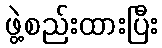
ဖွဲ့စည်းထားပြီး